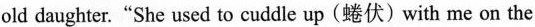
old daughter."She used to cuddle up(蜷伏) with me on the